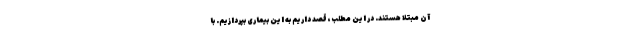
آن مبتلا هستند. در این مطلب، قصد داریم به این بیماری بپردازیم. با